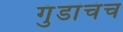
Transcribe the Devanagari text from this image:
गुंडांचंच